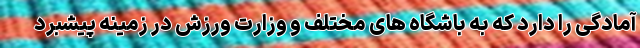
آمادگی را دارد که به باشگاه های مختلف و وزارت ورزش در زمینه پیشبرد